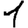
Digit: 1